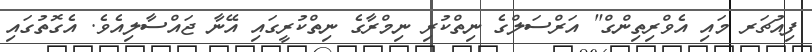
ފިއުޗަރ މައި އެވްރިތިންގް" އަރްސަލްގެ ނިތްކުރި ނިމްރާގެ ނިތްކުރީގައި އޭނާ ޖައްސާލިއެވެ. އެގޮތުގައި